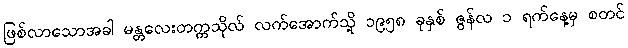
ဖြစ်လာသောအခါ မန္တလေးတက္ကသိုလ် လက်အောက်သို့ ၁၉၅၈ ခုနှစ် ဇွန်လ ၁ ရက်နေ့မှ စတင်